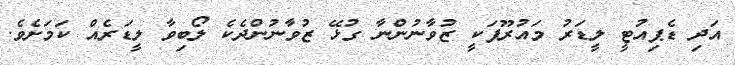
އަދި ޑެޕިއުޓީ ލީޑަރު މައުރޫފަކީ ޒުވާނުންނާ ގުޅޭ ޒުވާނުންދެކެ ލޯބިވާ ލީޑަރެއް ކަމަށެވެ.